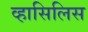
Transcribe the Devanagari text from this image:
व्हासिलिस